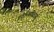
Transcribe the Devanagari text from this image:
इदेन्तिफ़िएर्स